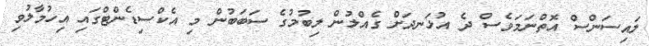
ލައިސަންސް އޮތްނަމަވެސް ދެ އުޅަނދަށް ގެއްލުން ލިބުމުގެ ސަބަބުން މި އެކްސިޑެންޓްގައި އިހުމާލުވި